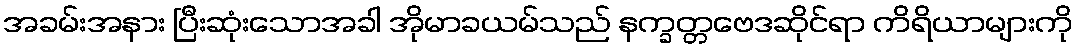
အခမ်းအနား ပြီးဆုံးသောအခါ အိုမာခယမ်သည် နက္ခတ္တဗေဒဆိုင်ရာ ကိရိယာများကို